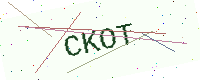
Text: CKOT